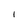
Character: I